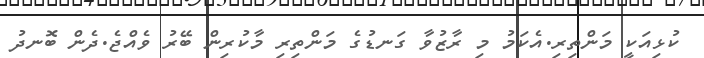
ކުޅިއަކީ މަންތިރި.އެކަމު މި ރާޒުވާ ގަނޑުގެ މަންތިރި މާކުރިން ބޭރު ވެއްޖެ.ދެން ބޮނދު